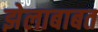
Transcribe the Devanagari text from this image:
झेलाबाबत